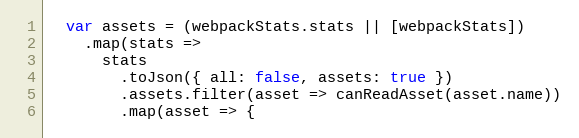
Language: JavaScript
  var assets = (webpackStats.stats || [webpackStats])
    .map(stats =>
      stats
        .toJson({ all: false, assets: true })
        .assets.filter(asset => canReadAsset(asset.name))
        .map(asset => {